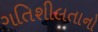
ગતિશીલતાનો